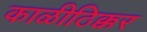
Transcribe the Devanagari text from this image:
काळीठिक्कर